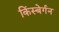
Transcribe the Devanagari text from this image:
किंस्बेर्गन